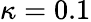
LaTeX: \kappa=0.1